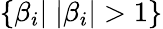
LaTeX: \{ \beta_{i}|\; |\beta_{i}|>1\}